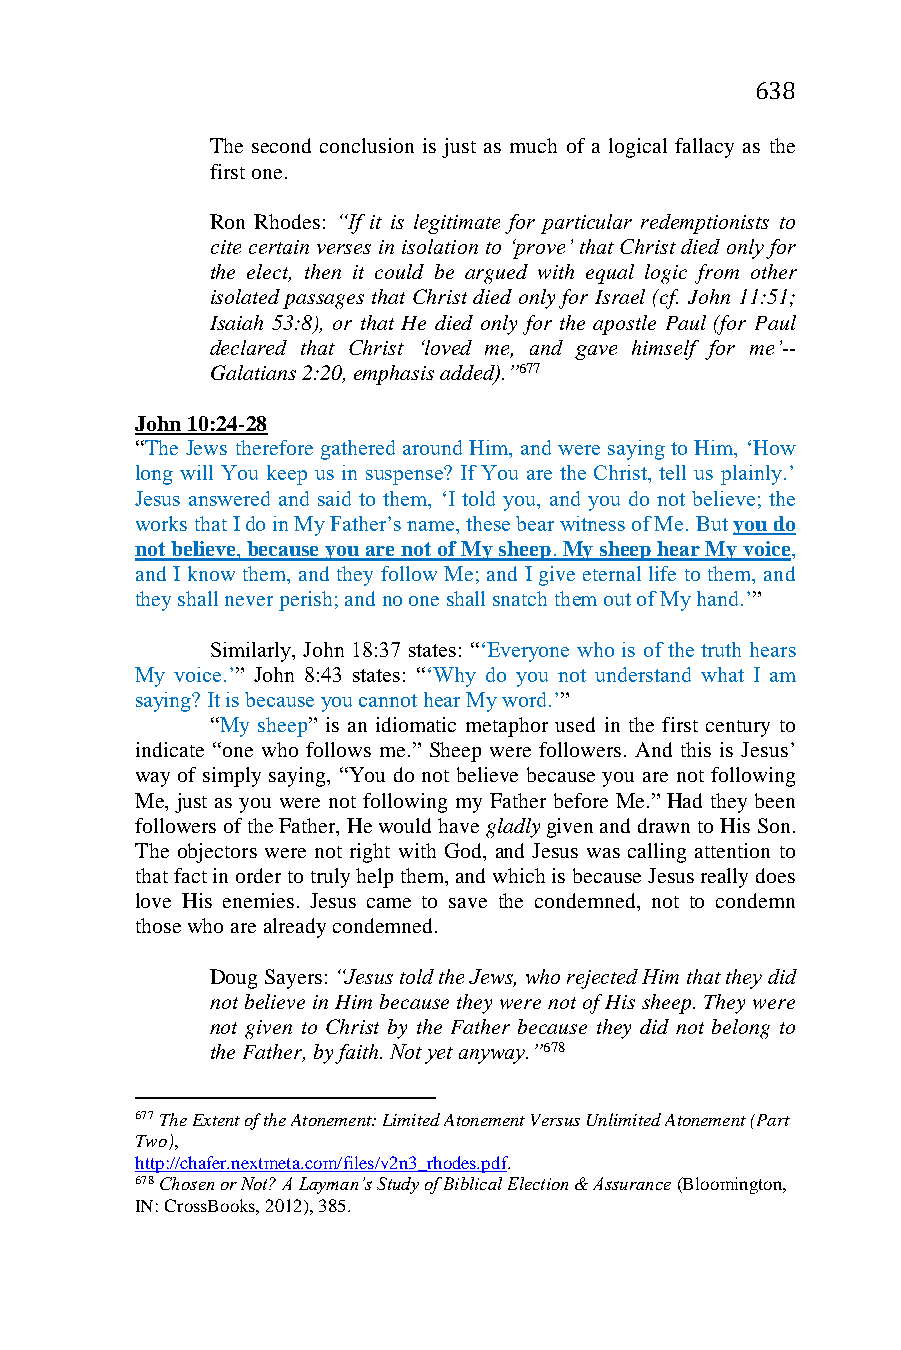
638
 The second conclusion is just as much of a logical fallacy as the
 first one.
 Ron Rhodes: “If it is legitimate for particular redemptionists to
 cite certain verses in isolation to ‘prove’ that Christ died only for
 the elect, then it could be argued with equal logic from other
 isolated passages that Christ died only for Israel (cf. John 11:51;
 Isaiah 53:8), or that He died only for the apostle Paul (for Paul
 declared that Christ ‘loved me, and gave himself for me’--
 Galatians 2:20, emphasis added).”677
 John 10:24-28
 “The Jews therefore gathered around Him, and were saying to Him, ‘How
 long will You keep us in suspense? If You are the Christ, tell us plainly.’
 Jesus answered and said to them, ‘I told you, and you do not believe; the
 works that I do in My Father’s name, these bear witness of Me. But you do
 not believe, because you are not of My sheep. My sheep hear My voice,
 and I know them, and they follow Me; and I give eternal life to them, and
 they shall never perish; and no one shall snatch them out of My hand.’”
 Similarly, John 18:37 states: “‘Everyone who is of the truth hears
 My voice.’” John 8:43 states: “‘Why do you not understand what I am
 saying? It is because you cannot hear My word.’”
 “My sheep” is an idiomatic metaphor used in the first century to
 indicate “one who follows me.” Sheep were followers. And this is Jesus’
 way of simply saying, “You do not believe because you are not following
 Me, just as you were not following my Father before Me.” Had they been
 followers of the Father, He would have gladly given and drawn to His Son.
 The objectors were not right with God, and Jesus was calling attention to
 that fact in order to truly help them, and which is because Jesus really does
 love His enemies. Jesus came to save the condemned, not to condemn
 those who are already condemned.
 Doug Sayers: “Jesus told the Jews, who rejected Him that they did
 not believe in Him because they were not of His sheep. They were
 not given to Christ by the Father because they did not belong to
 the Father, by faith. Not yet anyway.”678
 677 The Extent of the Atonement: Limited Atonement Versus Unlimited Atonement (Part
 Two),
 http://chafer.nextmeta.com/files/v2n3_rhodes.pdf.
 678 Chosen or Not? A Layman’s Study of Biblical Election & Assurance (Bloomington,
 IN: CrossBooks, 2012), 385.